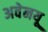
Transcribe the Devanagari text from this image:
अवेनयू